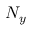
N _ { y }